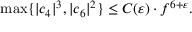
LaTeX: \operatorname* { m a x } \{ \vert c _ { 4 } \vert ^ { 3 } , \vert c _ { 6 } \vert ^ { 2 } \} \leq C ( \varepsilon ) \cdot f ^ { 6 + \varepsilon } .